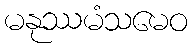
မနုဿမံသမေဝ